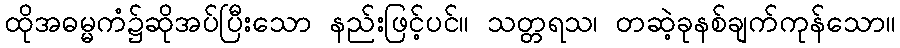
ထိုအဓမ္မကံ၌ဆိုအပ်ပြီးသော နည်းဖြင့်ပင်။ သတ္တရသ၊ တဆဲ့ခုနစ်ချက်ကုန်သော။